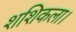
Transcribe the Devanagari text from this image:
शशिकला।